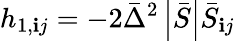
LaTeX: h_{1,\mathbf{i}j}=-2{\bar{{\Delta}}^{2}}\left|{\bar{{S}}}\right|{\bar{{S}}_{\mathbf{i}j}}